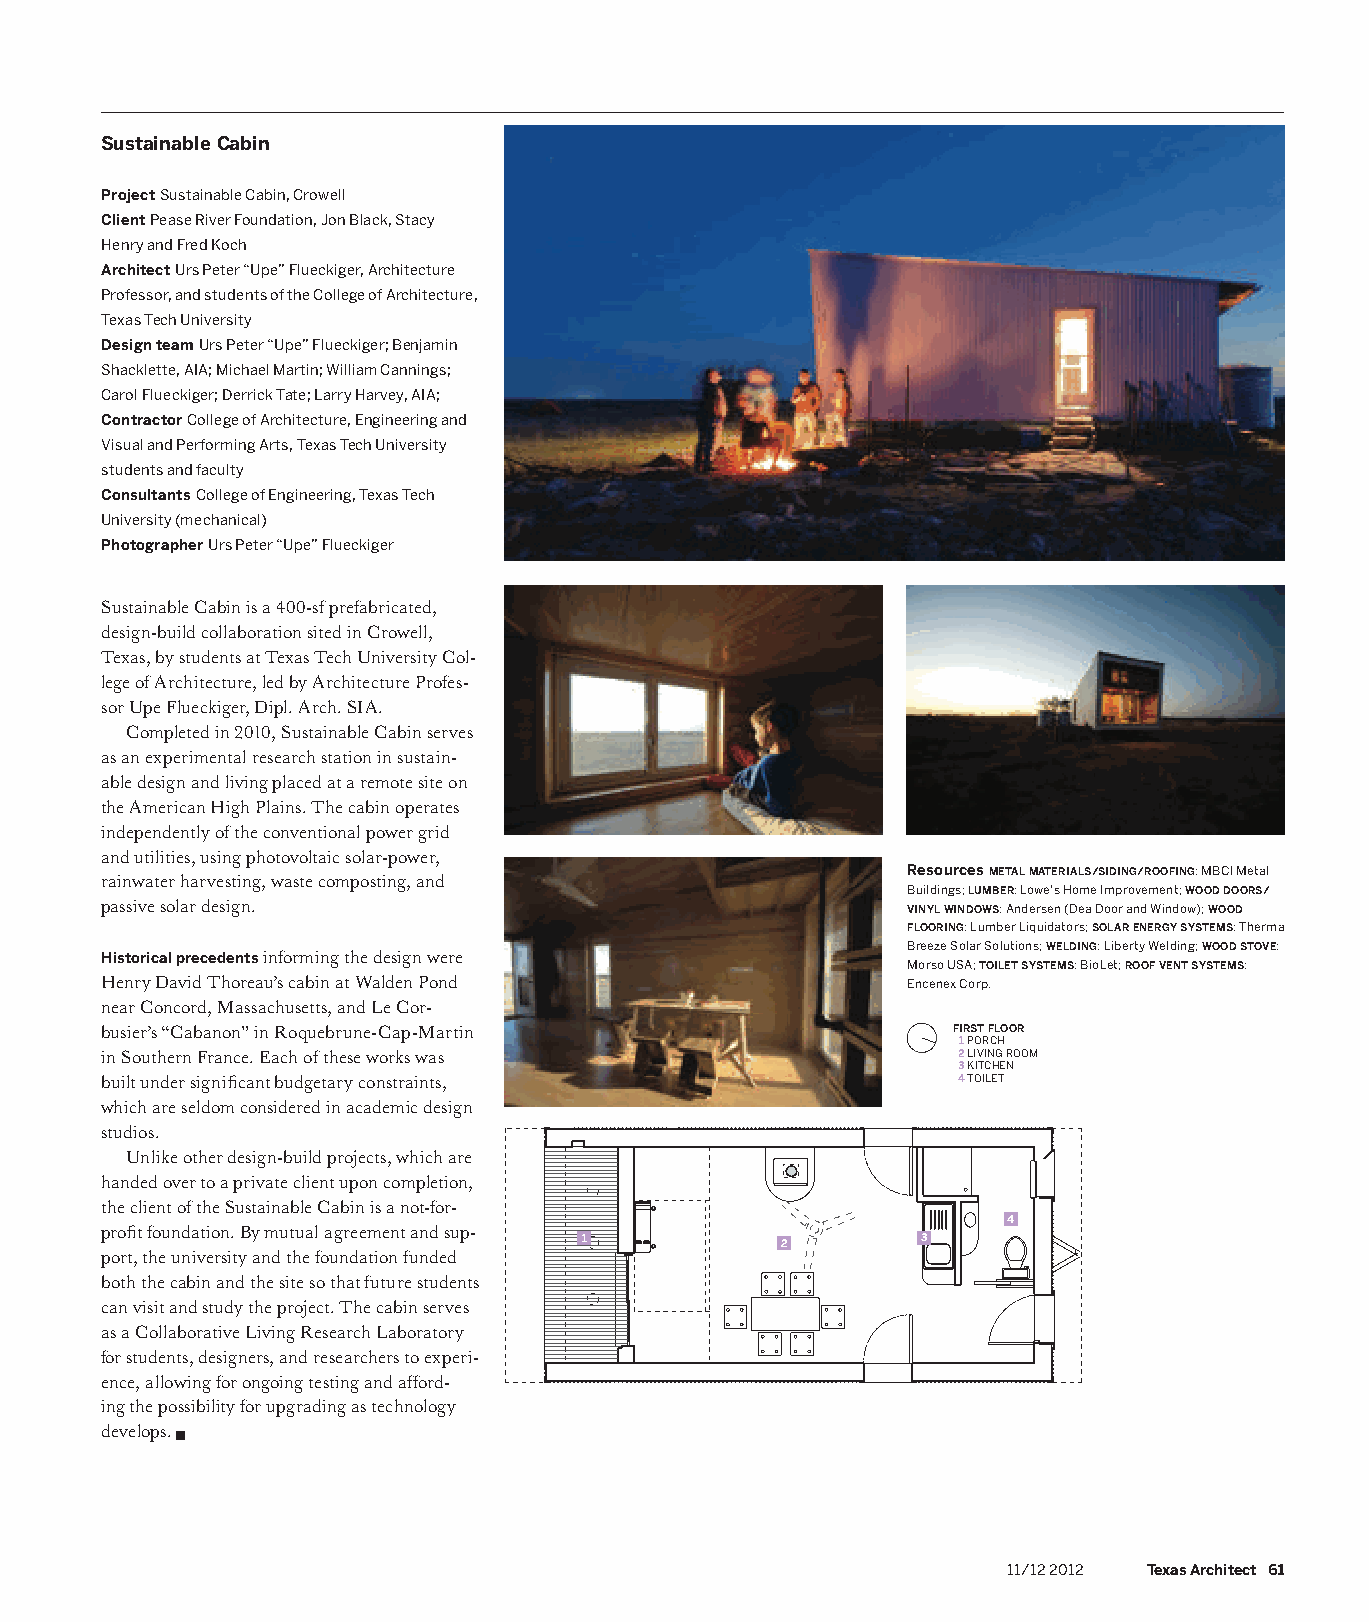
Sustainable Cabin
 Project Sustainable Cabin, Crowell
 Client Pease River Foundation, Jon Black, Stacy
 Henry and Fred Koch
 Architect Urs Peter “Upe” Flueckiger, Architecture
 Professor, and students of the College of Architecture,
 Texas Tech University
 Design team Urs Peter “Upe” Flueckiger; Benjamin
 Shacklette, AIA; Michael Martin; William Cannings;
 Carol Flueckiger; Derrick Tate; Larry Harvey, AIA;
 Contractor College of Architecture, Engineering and
 Visual and Performing Arts, Texas Tech University
 students and faculty
 Consultants College of Engineering, Texas Tech
 University (mechanical)
 Photographer Urs Peter “Upe” Flueckiger
 Sustainable Cabin is a 400-sf prefabricated,
 design-build collaboration sited in Crowell,
 Texas, by students at Texas Tech University Col-
 lege of Architecture, led by Architecture Profes-
 sor Upe Flueckiger, Dipl. Arch. SIA.
 Completed in 2010, Sustainable Cabin serves
 as an experimental research station in sustain-
 able design and living placed at a remote site on
 the American High Plains. The cabin operates
 independently of the conventional power grid
 and utilities, using photovoltaic solar-power,
 Resources METAL MATERIALS/SIDING/ROOFING: MBCI Metal
 rainwater harvesting, waste composting, and
 Buildings; LUMBER: Lowe’s Home Improvement; WOOD DOORS/
 passive solar design.                                VINYL WINDOWS: Andersen (Dea Door and Window); WOOD
 FLOORING: Lumber Liquidators; SOLAR ENERGY SYSTEMS: Therma
 Breeze Solar Solutions; WELDING: Liberty Welding; WOOD STOVE:
 Historical precedents informing the design were
 Morso USA; TOILET SYSTEMS: BioLet; ROOF VENT SYSTEMS:
 Henry David Thoreau’s cabin at Walden Pond           Encenex Corp.
 near Concord, Massachusetts, and Le Cor-
 busier’s “Cabanon” in Roquebrune-Cap-Martin             FIRST FLOOR
 1 PORCH
 in Southern France. Each of these works was             2 LIVING ROOM
 3 KITCHEN
 built under significant budgetary constraints,          4 TOILET
 which are seldom considered in academic design
 studios.
 Unlike other design-build projects, which are
 handed over to a private client upon completion,
 the client of the Sustainable Cabin is a not-for-
 4
 profit foundation. By mutual agreement and sup-
 1            2        3
 port, the university and the foundation funded
 both the cabin and the site so that future students
 can visit and study the project. The cabin serves
 as a Collaborative Living Research Laboratory
 for students, designers, and researchers to experi-
 ence, allowing for ongoing testing and afford-
 ing the possibility for upgrading as technology
 develops.
 11/12 2012 Texas Architect 61